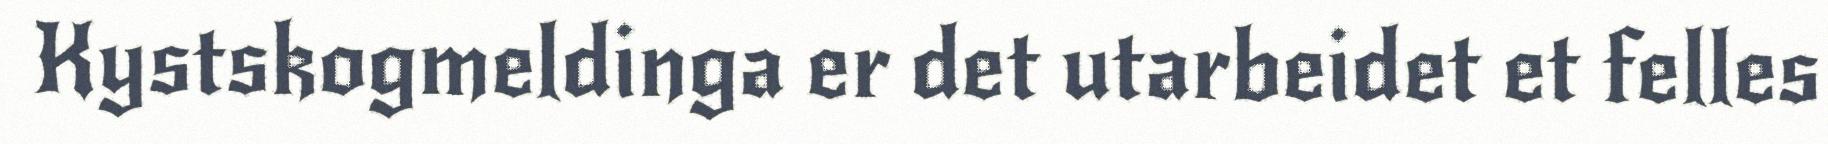
Kystskogmeldinga er det utarbeidet et felles